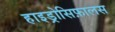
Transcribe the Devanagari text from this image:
हाइड्रोसिफ़ालस